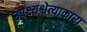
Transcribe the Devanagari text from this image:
उपेक्ष्यश्चेत्याकारा